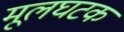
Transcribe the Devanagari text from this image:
मूलघटक